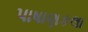
પાષાણકલા